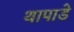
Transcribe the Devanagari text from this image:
थापाडे